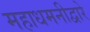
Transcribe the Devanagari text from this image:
महाधमनीद्वारे